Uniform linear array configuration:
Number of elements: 16
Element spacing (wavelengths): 0.5
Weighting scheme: binomial
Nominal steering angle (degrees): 15
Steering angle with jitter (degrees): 15.672
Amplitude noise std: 0.05
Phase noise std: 0.05

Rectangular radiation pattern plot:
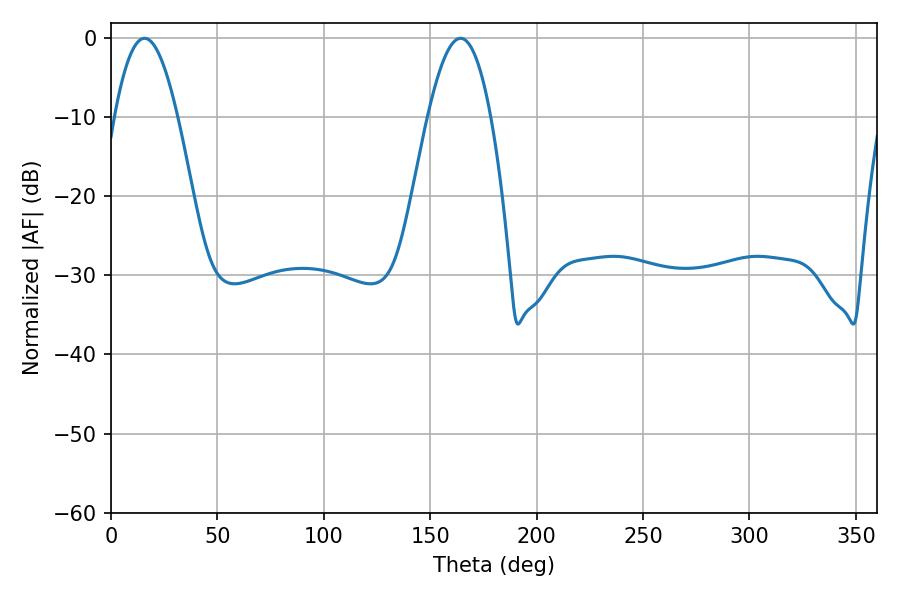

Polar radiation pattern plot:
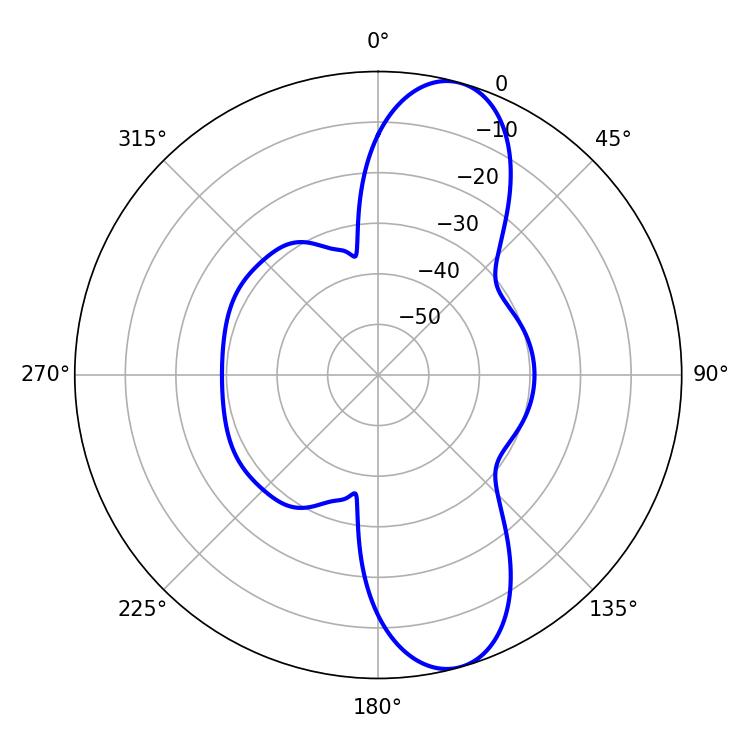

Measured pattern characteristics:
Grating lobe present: FALSE
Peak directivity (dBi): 10.766
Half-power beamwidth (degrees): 16.02
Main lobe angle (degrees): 15.84